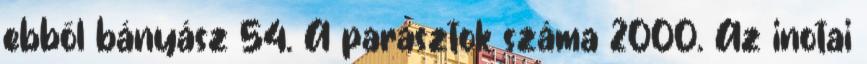
ebből bányász 54. A parasztok száma 2000. Az inotai